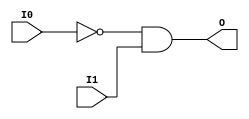

/*

FUNCTION	: 2-INPUT AND GATE

*/

`timescale  100 ps / 10 ps

`celldefine

module AND2B1 (O, I0, I1);


    output O;

    input  I0, I1;

    not N0 (i0_inv, I0);
    and A1 (O, i0_inv, I1);

    specify
	(I0 *> O) = (0, 0);
	(I1 *> O) = (0, 0);
    endspecify

endmodule

`endcelldefine